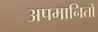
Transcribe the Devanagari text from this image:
अपमानितों